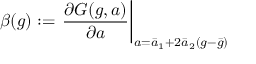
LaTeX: \beta ( g ) : = \left. \frac { \partial G ( g , a ) } { \partial a } \right| _ { a = \bar { a } _ { 1 } + 2 \bar { a } _ { 2 } ( g - \bar { g } ) }